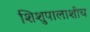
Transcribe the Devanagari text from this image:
शिशुपालाशीच